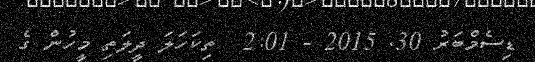
ޑިސެމްބަރު 30